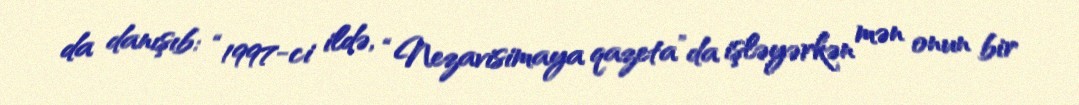
da danışıb: “1997-ci ildə, “Nezavisimaya qazeta”da işləyərkən mən onun bir